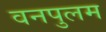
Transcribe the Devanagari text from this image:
वनपुलम